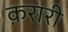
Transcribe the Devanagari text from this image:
क़रारी